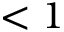
< 1